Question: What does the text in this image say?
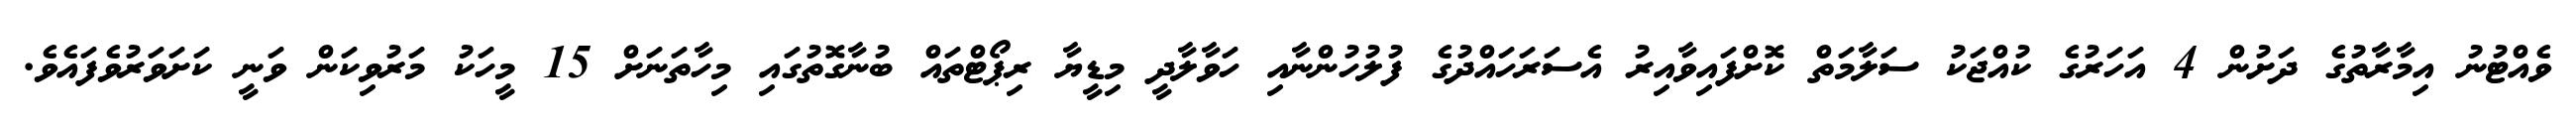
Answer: ވެއްޓުނު އިމާރާތުގެ ދަށުން 4 އަހަރުގެ ކުއްޖަކު ސަލާމަތް ކޮށްފައިވާއިރު އެސަރަހައްދުގެ ފުލުހުންނާއި ހަވާލާދީ މިޑީޔާ ރިޕޯޓްތައް ބުނާގޮތުގައި މިހާތަނަށް 15 މީހަކު މަރުވިކަން ވަނީ ކަށަވަރުވެފައެވެ.